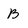
Character: B